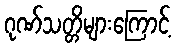
ဂုဏ်သတ္တိများကြောင့်